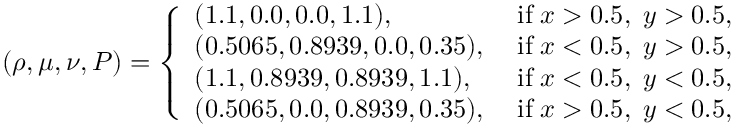
( \rho , \mu , \nu , P ) = \left\{ \begin{array} { l l } { ( 1 . 1 , 0 . 0 , 0 . 0 , 1 . 1 ) , \; } & { \mathrm { i f } \; x > 0 . 5 , \; y > 0 . 5 , } \\ { ( 0 . 5 0 6 5 , 0 . 8 9 3 9 , 0 . 0 , 0 . 3 5 ) , \; } & { \mathrm { i f } \; x < 0 . 5 , \; y > 0 . 5 , } \\ { ( 1 . 1 , 0 . 8 9 3 9 , 0 . 8 9 3 9 , 1 . 1 ) , \; } & { \mathrm { i f } \; x < 0 . 5 , \; y < 0 . 5 , } \\ { ( 0 . 5 0 6 5 , 0 . 0 , 0 . 8 9 3 9 , 0 . 3 5 ) , \; } & { \mathrm { i f } \; x > 0 . 5 , \; y < 0 . 5 , } \end{array} \right.